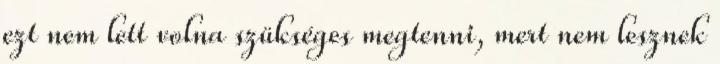
ezt nem lett volna szükséges megtenni, mert nem lesznek